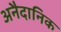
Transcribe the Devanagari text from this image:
अनैदानिक